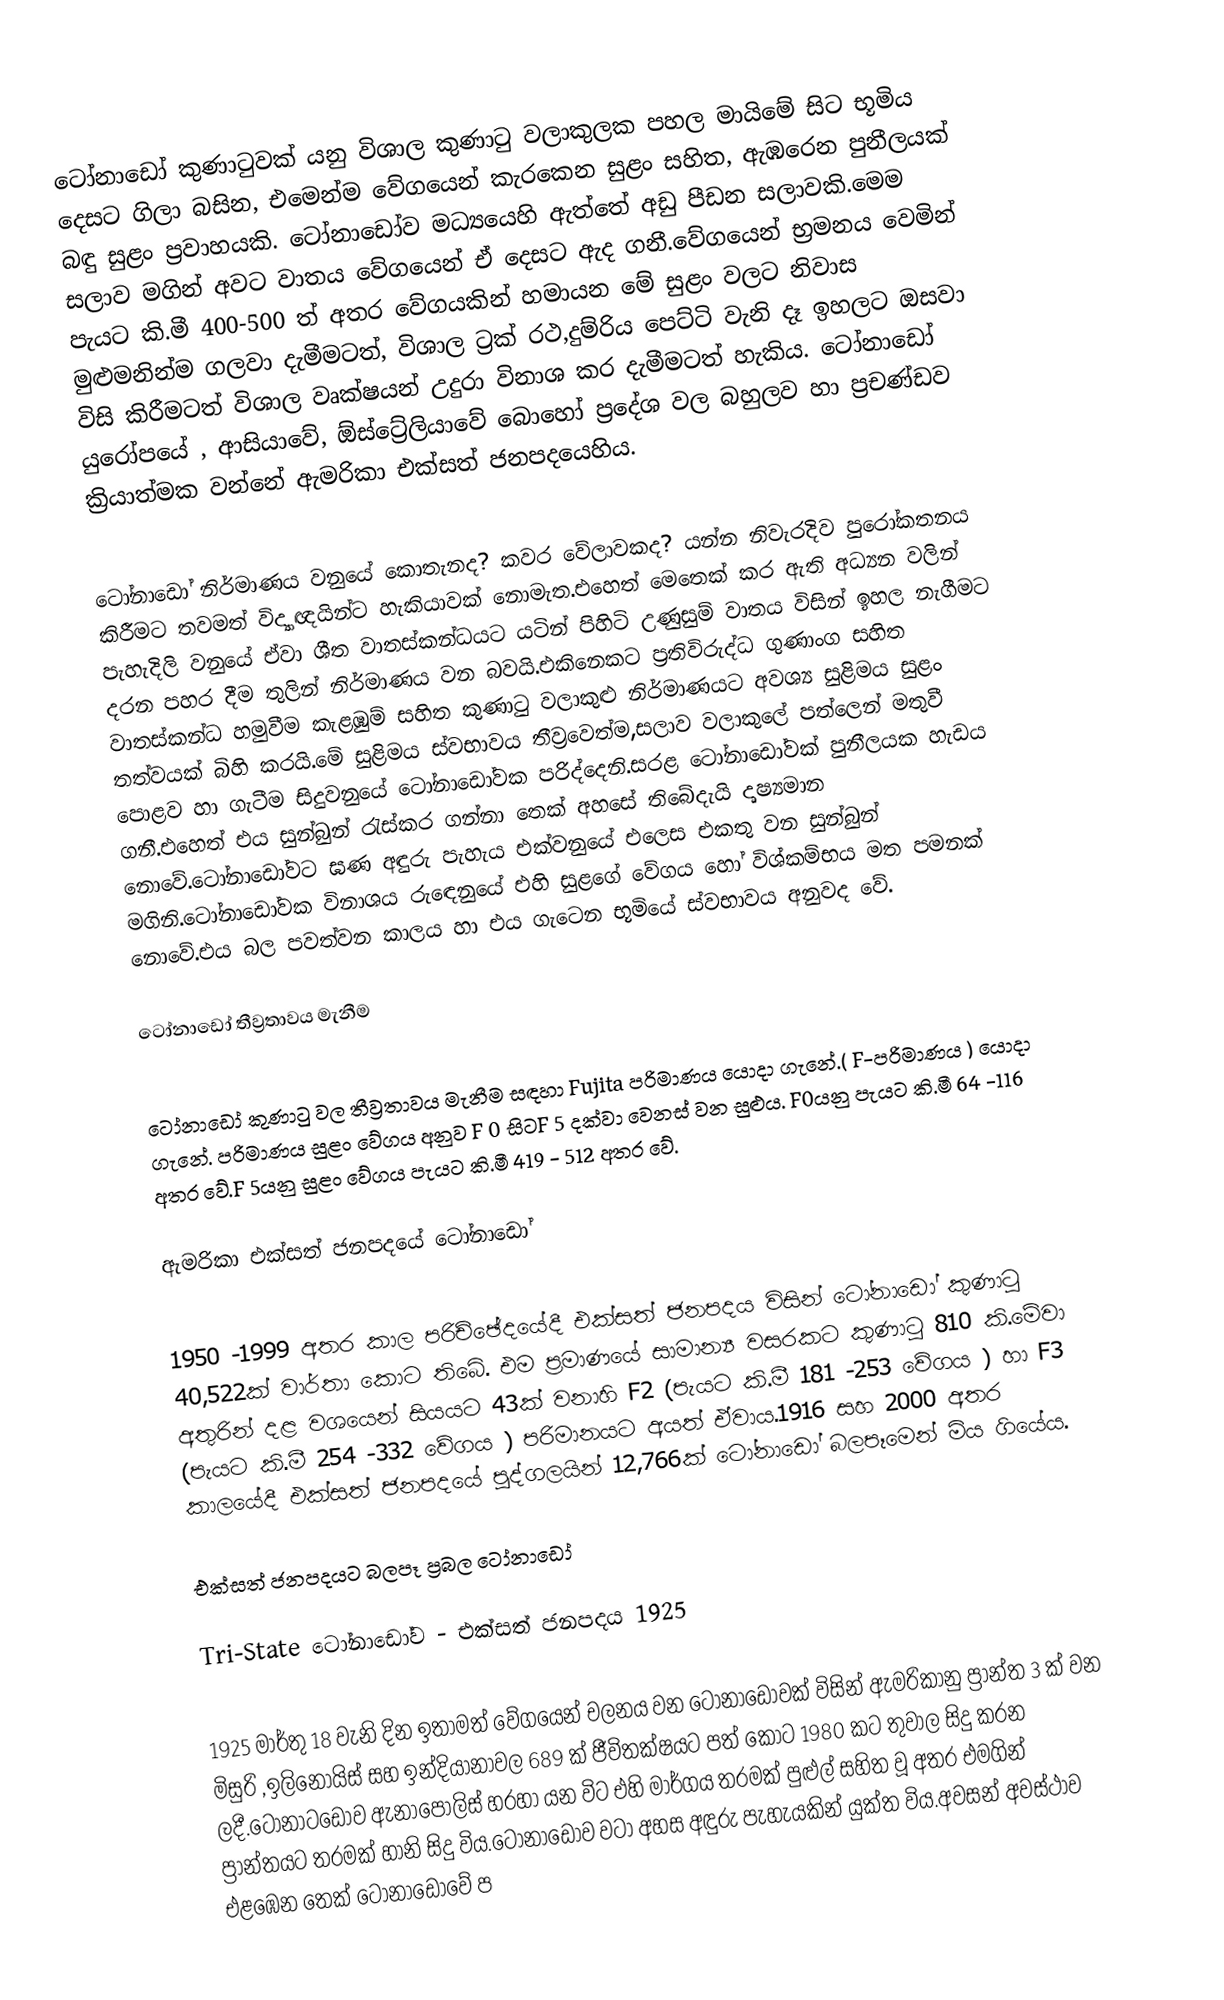
ටෝනාඩෝ කුණාටුවක් යනු විශාල කුණාටු වලාකුලක පහල මායිමේ සිට භූමිය දෙසට ගිලා බසින, එමෙන්ම වේගයෙන් කැරකෙන සුළං සහිත, ඇඹරෙන පුනීලයක් බඳු සුළං ප්‍රවාහයකි. ටෝනාඩෝව මධ්‍යයෙහි ඇත්‍‍‍තේ අඩු පීඩන සලාවකි.මෙම සලාව මගින් අවට වාතය වේගයෙන් ඒ දෙසට ඇද ගනී.වේගයෙන් භ්‍රමනය වෙමින් පැයට කි.මී 400-500 ත් අතර වේගයකින් හමායන මේ සුළං වලට නිවාස මුළුමනින්ම ගලවා දැමීමටත්, විශාල ට්‍රක් රථ,දුම්රිය පෙට්ටි වැනි දෑ ඉහලට ඔසවා විසි කිරීමටත් විශාල වෘක්ෂයන් උදුරා විනාශ කර දැමීමටත් හැකිය. ටෝනාඩෝ යුරෝපයේ , ආසියාවේ, ඕස්ට්‍රේලියාවේ බොහෝ ප්‍රදේශ වල බහුලව හා ප්‍රචණ්ඩව ක්‍රියාත්මක වන්නේ ඇමරිකා එක්සත් ජනපදයෙහිය.

ටෝනාඩෝ නිර්මාණය වනුයේ කොතැනද? කවර වේලාවකද? යන්න නිවැරදිව පුරෝකතනය කිරීමට තවමත් විද්‍යාඥයින්ට හැකියාවක් නොමැත.එහෙත් මෙතෙක් කර ඇති අධ්‍යන වලින් පැහැදිලි වනුයේ ඒවා ශීත වාතස්කන්ධයට යටින් පිහිටි උණුසුම් වාතය විසින් ඉහල නැගීමට දරන පහර දීම තුලින් නිර්මාණය වන බවයි.එකිනෙකට ප්‍රතිවිරුද්ධ ගුණාංග සහිත වාතස්කන්ධ හමුවීම කැළඹුම් සහිත කුණාටු වලාකුළු නිර්මාණයට අවශ්‍ය සුළිමය සුළං තත්වයක් බිහි කරයි.මේ සුළිමය ස්වභාවය තීව්‍රවෙත්ම,සලාව වලාකුලේ පත්ලෙන් මතුවී පොළව හා ගැටීම සිදුවනුයේ ටෝනාඩෝවක පරිද්දෙනි.සරළ ටෝනාඩෝවක් පුනීලයක හැඩය ගනී.එහෙත් එය සුන්බුන් රැස්කර ගන්නා තෙක් අහසේ තිබේදැයි දෘෂ්‍යමාන නොවේ.ටෝනාඩෝවට ඝණ අඳුරු පැහැය එක්වනුයේ එලෙස එකතු වන සුන්බුන් මගිනි.ටෝනාඩෝවක විනාශය රුඳෙනුයේ එහි සුළගේ වේගය හෝ විශ්කම්භය මත පමනක් නොවේ.එය බල පවත්වන කාලය හා එය ගැටෙන භූමියේ ස්වභාවය අනුවද වේ.

ටෝනාඩෝ තීව්‍රතාවය මැනීම

ටෝනාඩෝ කුණාටු වල තීව්‍රතාවය මැනීම සඳහා Fujita පරිමාණය යොදා ගැනේ.( F-පරිමාණය ) යොදා ගැනේ. පරිමාණය සුළං වේගය අනුව F 0 සිටF 5 දක්වා වෙනස් වන සුළුය. F0යනු පැයට කි.මී 64 -116 අතර වේ.F 5යනු සුළං වේගය පැයට කි.මී 419 - 512 අතර වේ.

ඇමරිකා එක්සත් ජනපදයේ ටෝනාඩෝ

1950 -1999 අතර කාල පරිච්ඡේදයේදී එක්සත් ජනපදය විසින් ටෝනාඩෝ කුණාටු 40,522ක් වාර්තා කොට තිබේ. එම ප්‍රමාණයේ සාමාන්‍ය වසරක‍ට කුණාටු 810 කි.මේවා අතුරින් දළ වශයෙන් සියයට 43ක් වනාහි F2 (පැයට කි.මී 181 -253 වේගය ) හා F3 (පැයට කි.මී 254 -332 වේගය ) පරිමානයට අයත් ඒවාය.1916 සහ 2000 අතර කාලයේදී එක්සත් ජනපදයේ පුද්ගලයින් 12,766ක් ටෝනාඩෝ බලපෑමෙන් මිය ගියේය.

එක්සත් ජනපදයට බලපෑ ප්‍රබල ටෝනාඩෝ

Tri-State ටෝනාඩෝව - එක්සත් ජනපදය 1925

1925 මාර්තු 18 වැනි දින ඉතාමත් වේගයෙන් චලනය වන ටෝනාඩෝවක් විසින් ඇමරිකානු ප්‍රාන්ත 3 ක් වන මිසුරි ,ඉලිනොයිස් සහ ඉන්දියානාවල 689 ක් ජීවිතක්ෂයට පත් කොට 1980 කට තුවාල සිදු කරන ලදී.ටෝනාටඩෝව ඇනාපොලිස් හරහා යන විට එහි මාර්ගය තරමක් පුළුල් සහිත වූ අතර එමගින් ප්‍රාන්තයට තරමක් හානි සිදු විය.ටෝනාඩෝව වටා අහස අඳුරු පැහැයකින් යුක්ත විය.අවසන් අවස්ථාව එළඹෙන තෙක් ටෝනාඩෝවේ ප